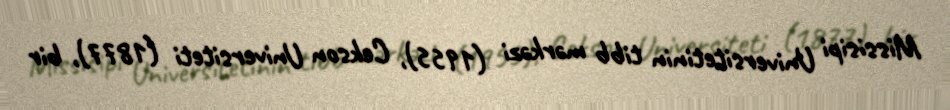
Missisipi Universitetinin tibb mərkəzi (1955), Cekson Universiteti (1877), bir